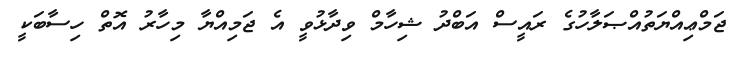
ޖަމްޢިއްޔަތުއްޞަލާހުގެ ރައީސް އަބްދު ޝިހާމް ވިދާޅުވީ އެ ޖަމިއްޔާ މިހާރު އޮތް ހިސާބަކީ